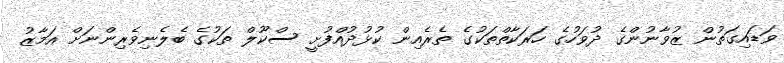
ވަޑައިގަތުން ޒުވާނުންގެ ދުވަހުގެ ހަރަކާތްތަކުގެ ތެރެއިން ކުޅުދުއްފުށީ ސްކޫލް ތަކުގެ ބެލެނިވެރިންނަށް އަމާޒު